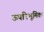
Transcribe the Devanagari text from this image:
ऊपरिभूमिक